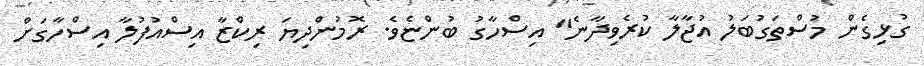
ގުޅިގެން މުސްތަގުބަލު އުޖާލާ ކުރެވިދާނެ" އިސްހާގު ބުންޏެވެ. ރޮމުންދިޔަ ރިކްޒާ އިސްއުފުލާ އިސްހާގަށް